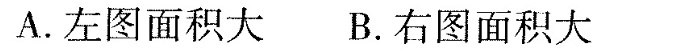
A.左图面积大B.右图面积大